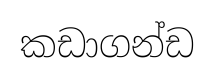
කඩාගන්ඩ